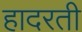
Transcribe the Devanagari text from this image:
हादरती